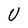
Character: U